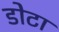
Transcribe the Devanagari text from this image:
डोटा